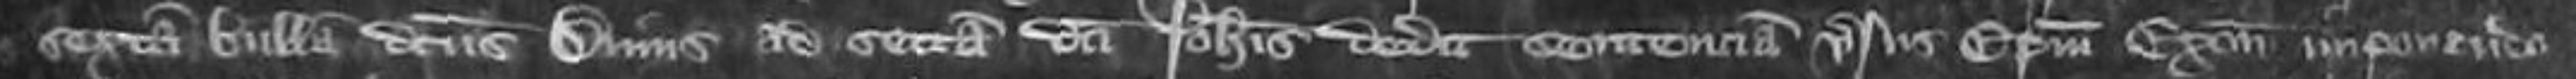
sextam bullam dictus Decanus ad sectam dicti Johannis dedit sententiam versus Episcopum Exonie imponenda